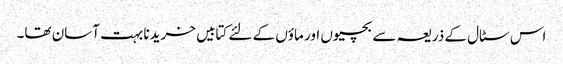
اس سٹال کے ذریعہ سے بچیوں اور ماؤں کے لئے کتابیں خریدنا بہت آسان تھا۔